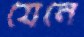
যেনে